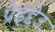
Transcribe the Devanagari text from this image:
प्रेइद्देउ